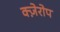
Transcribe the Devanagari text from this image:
क्ज़ेरोप